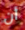
أن